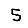
Digit: 5